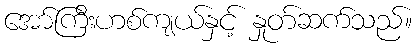
အော်ကြီးဟစ်ကျယ်နှင့် နှုတ်ဆက်သည်။